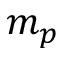
m _ { p }